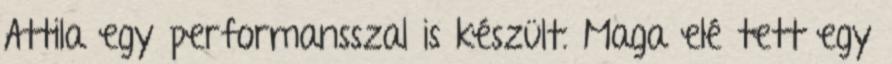
Attila egy performansszal is készült. Maga elé tett egy